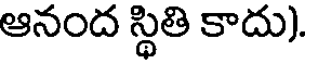
ఆనంద స్థితి కాదు).